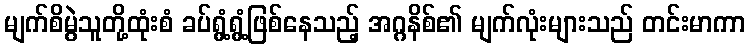
မျက်စိမွဲသူတို့ထုံးစံ ခပ်ရွံ့ရွံ့ဖြစ်နေသည့် အဂ္ဂနိစ်၏ မျက်လုံးများသည် တင်းမာကာ